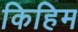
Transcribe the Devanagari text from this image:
किहिम